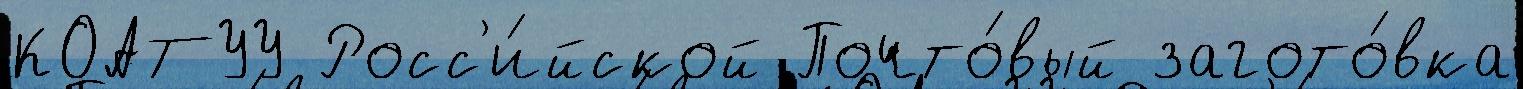
КОАТУУ Росс'и́йской Почто́вый загото́вка